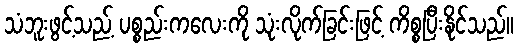
သံဘူးဖွင့်သည့် ပစ္စည်းကလေးကို သုံးလိုက်ခြင်းဖြင့် ကိစ္စပြီးနိုင်သည်။